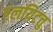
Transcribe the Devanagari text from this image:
एलयिटत्तु